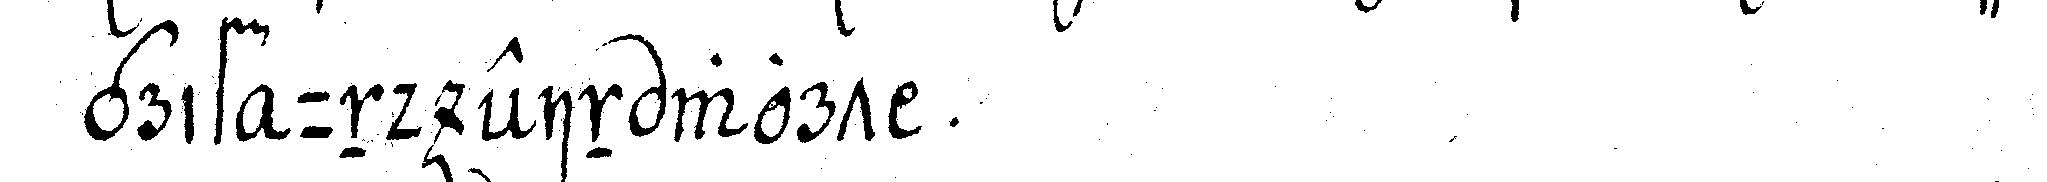
grif un ein wort .